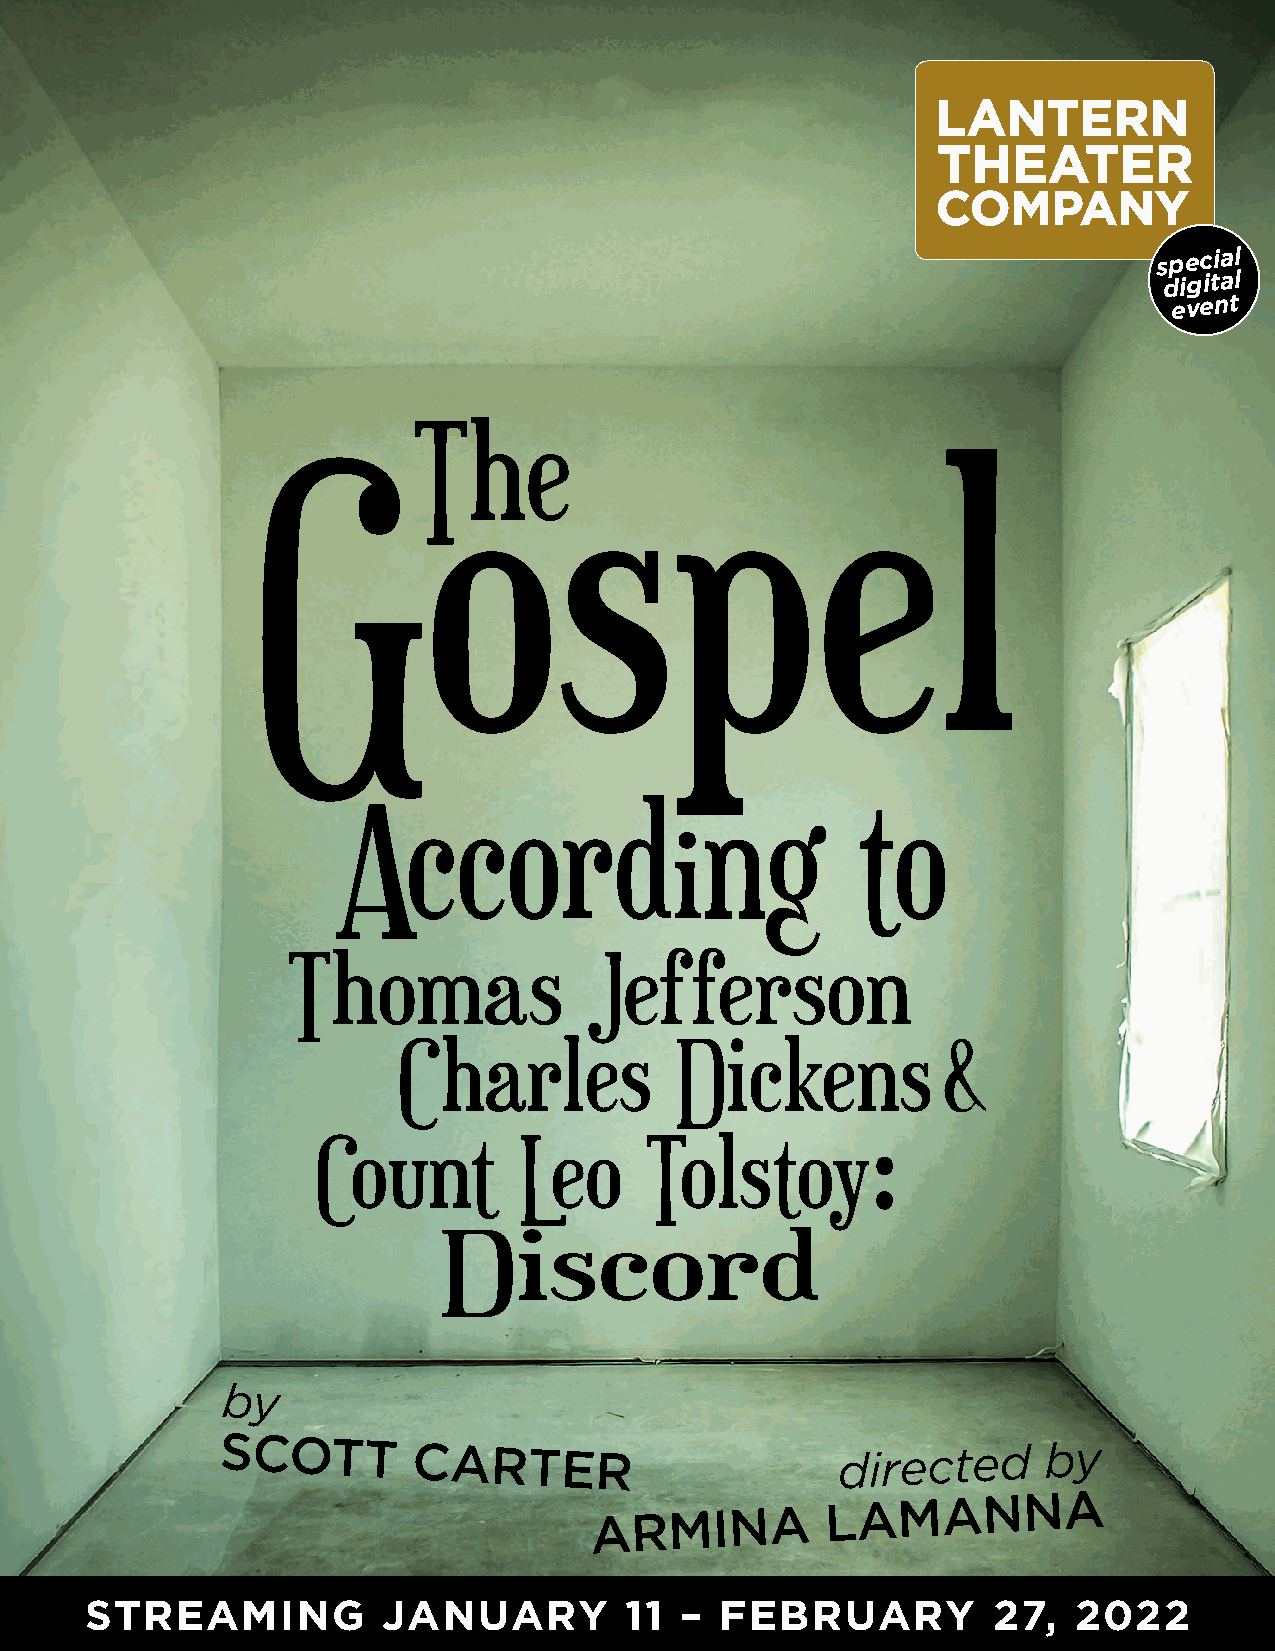
special
 digital
 event
 by
 SCOTT
 CARTER                       directed     by
 ARMINA
 LAMANNA
 STREAMING          JANUARY         11  –  FEBRUARY          27,  2022